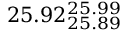
2 5 . 9 2 _ { 2 5 . 8 9 } ^ { 2 5 . 9 9 }